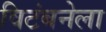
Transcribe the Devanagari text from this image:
विटंबनेला